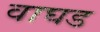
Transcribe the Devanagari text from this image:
वाघड